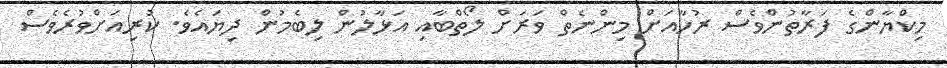
މިކްޔާންގެ ފަރާތުންވެސް ރުހާއަށް މިންނެތް ވަރަށް ލޯތްބާއި އަޅާލުން ލިބެމުން ދިޔައެވެ. ކުރިއަށްވުރެވެސް